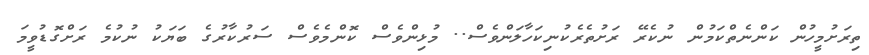
ތިރަށުމީހުން ކަންނެތްކަމުން ނުކެރޭ ރަށުތެރެކުނިކަހާލަންވެސް.. މުޅިންވެސް ކޮންމެވެސް ސަރުކާރުގެ ބަޔަކު ނުކުމެ ރަށްގޮޑުވީމަ